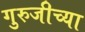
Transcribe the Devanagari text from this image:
गुरुजीच्या